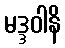
မဒ္ဒဝါနိ